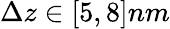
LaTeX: \Delta z\in[5,8]nm